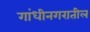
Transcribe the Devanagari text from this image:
गांधीनगरातील